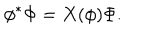
\phi ^ { \ast } \Phi = X ( \phi ) \Phi .